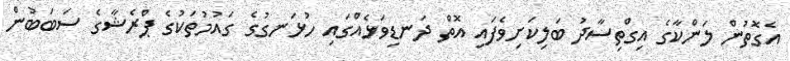
އެގޮތުން ލަންކާގެ އިގްތިސާދު ބަލިކަށިވެފައި އޮތް ދަނޑިވަޅެއްގައި ހުޅަނގުގެ ގައުމުތަކުގެ ޕްރެޝާގެ ސަބަބުން